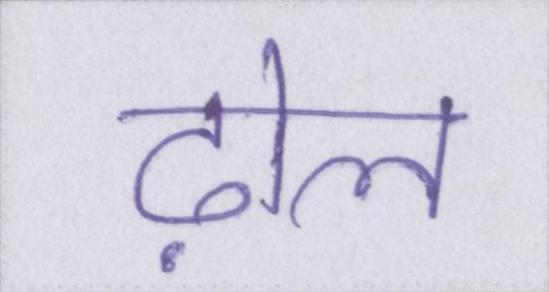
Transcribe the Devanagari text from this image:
ढ़ोल